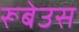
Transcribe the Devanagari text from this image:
रूबेउस